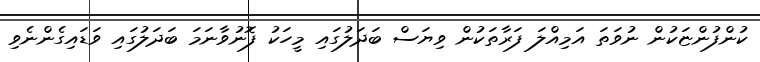
ކުންފުންޏަކުން ނުވަތަ އަމިއްލަ ފަރާތަކުން ވިޔަސް ބަދަލުގައި މީހަކު ފޮނުވާނަމަ ބަދަލުގައި ވަޑައިގެންނެވި